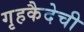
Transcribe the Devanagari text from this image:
गृहकैदेची